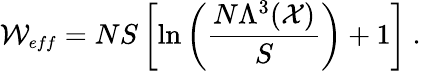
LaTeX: {\cal W}_{\small{eff}}=NS\left[\ln\left(\frac{N\Lambda^{3}({\cal X})}{S}\right)+1\right]~.